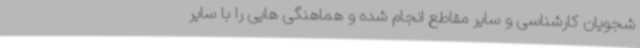
شجویان کارشناسی و سایر مقاطع انجام شده و هماهنگی هایی را با سایر